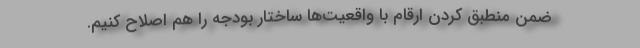
ضمن منطبق کردن ارقام با واقعیت‌ها ساختار بودجه را هم اصلاح کنیم.